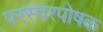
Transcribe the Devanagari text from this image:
परस्परपोषक